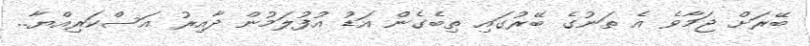
ބޭރަށް ޖަމާވެ އެ ތަނުގެ ބޭރުގައި ތިބެގެން އަޑު އުފުލަމުން ދާއިރު އަސްކަރިއްޔާ..